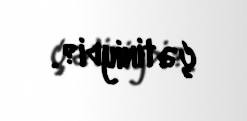
çətiniydi?.